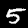
Digit: 5